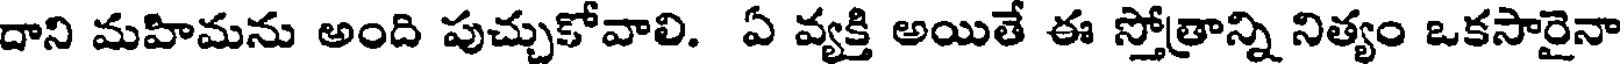
దాని మహిమను అంది పుచ్చుకోవాలి. ఏ వ్యక్తి అయితే ఈ స్తోత్రాన్ని నిత్యం ఒకసారైనా